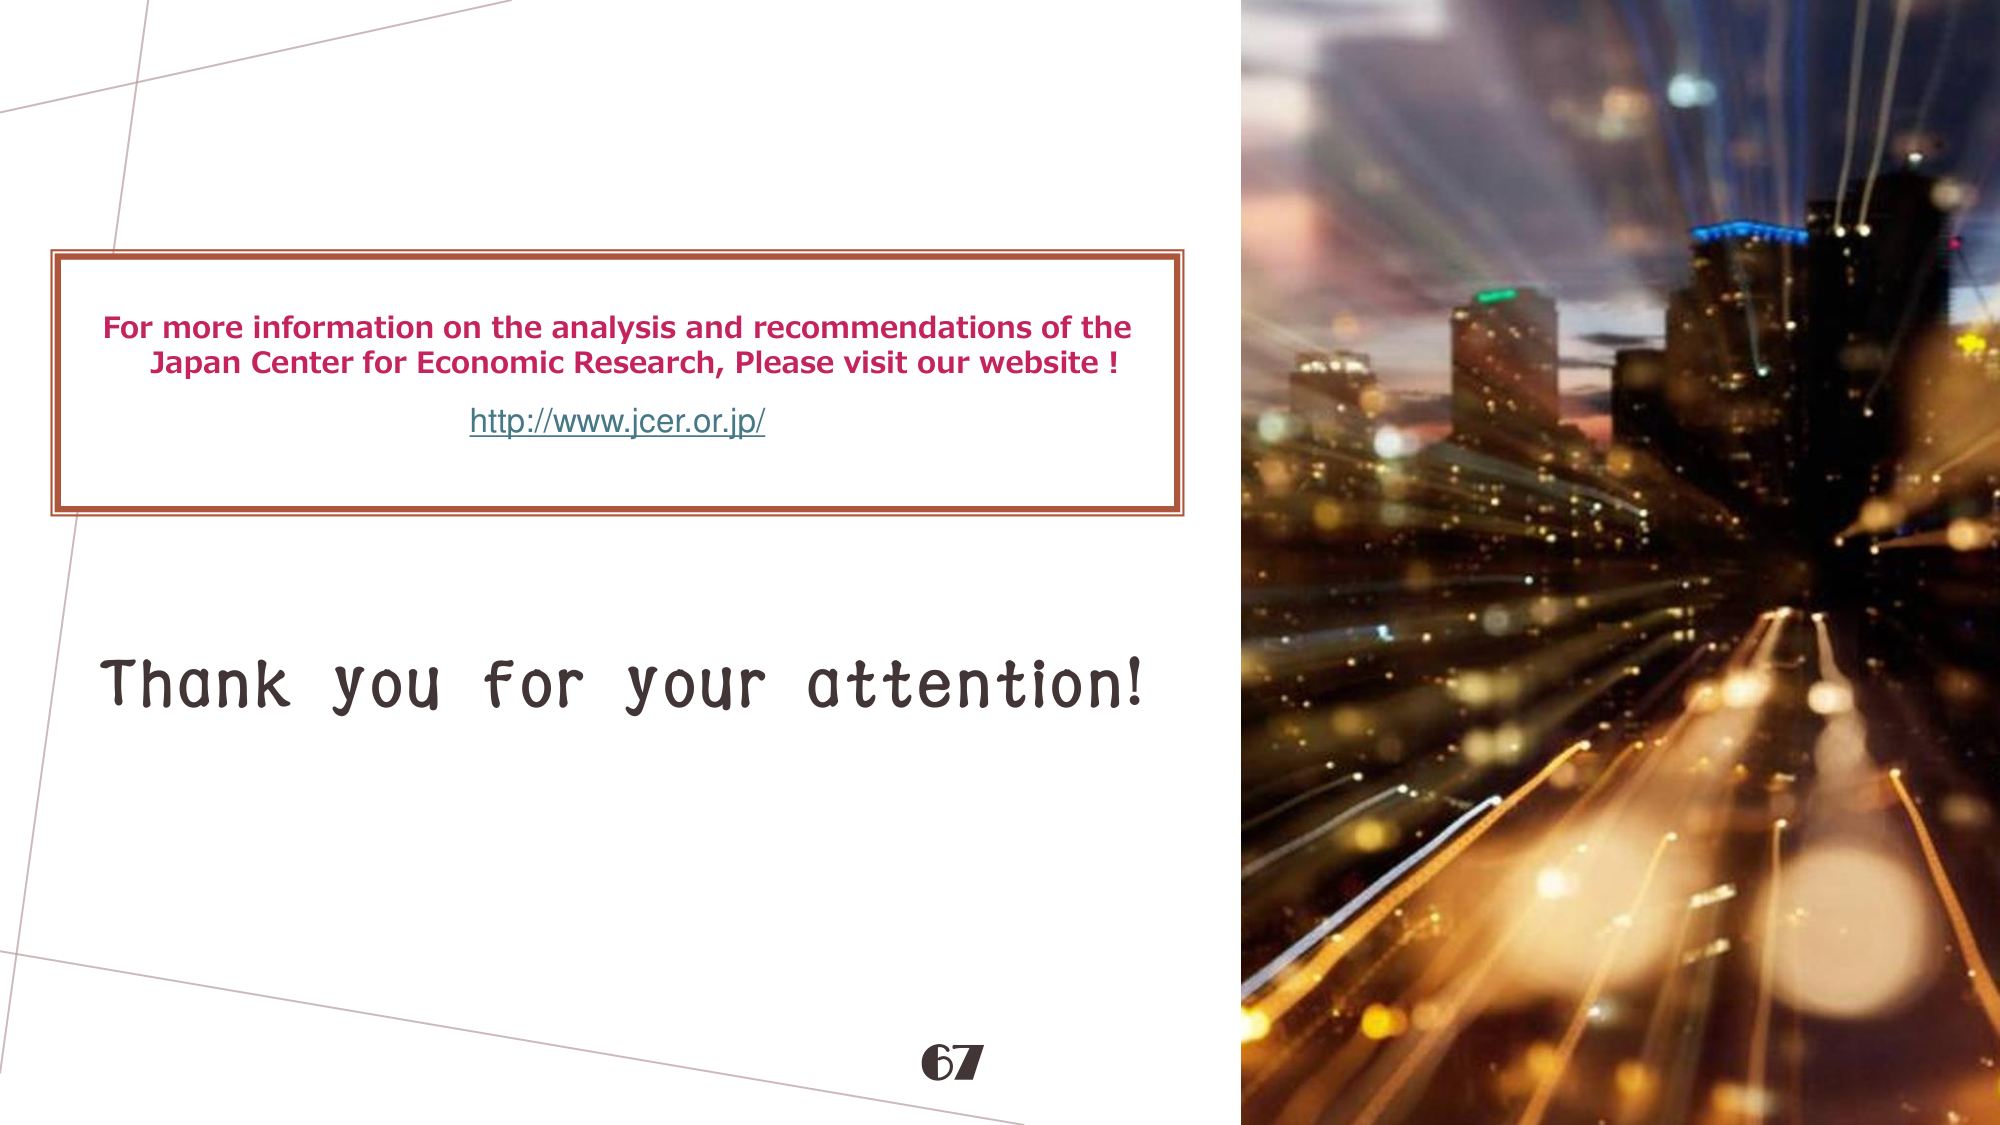
For more information on the analysis and recommendations of the
Japan Center for Economic Research, Please visit our website!
http://www.jcer.or.jp/

Thank you for your attention!

67